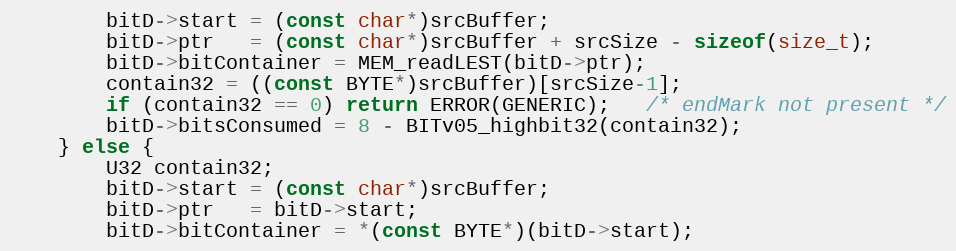
Language: C
        bitD->start = (const char*)srcBuffer;
        bitD->ptr   = (const char*)srcBuffer + srcSize - sizeof(size_t);
        bitD->bitContainer = MEM_readLEST(bitD->ptr);
        contain32 = ((const BYTE*)srcBuffer)[srcSize-1];
        if (contain32 == 0) return ERROR(GENERIC);   /* endMark not present */
        bitD->bitsConsumed = 8 - BITv05_highbit32(contain32);
    } else {
        U32 contain32;
        bitD->start = (const char*)srcBuffer;
        bitD->ptr   = bitD->start;
        bitD->bitContainer = *(const BYTE*)(bitD->start);